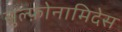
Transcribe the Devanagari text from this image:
सुल्फ़ोनामिदेस